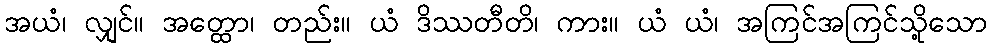
အယံ၊ လျှင်။ အတ္ထော၊ တည်း။ ယံ ဒိဿတီတိ၊ ကား။ ယံ ယံ၊ အကြင်အကြင်သို့သော